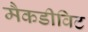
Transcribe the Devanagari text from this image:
मैकडीविट